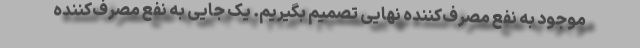
موجود به نفع مصرف‌کننده نهایی تصمیم بگیریم. یک جایی به نفع مصرف‌کننده